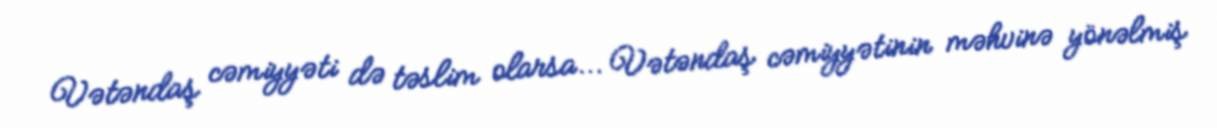
Vətəndaş cəmiyyəti də təslim olarsa... Vətəndaş cəmiyyətinin məhvinə yönəlmiş